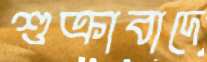
শুক্রাবাদে